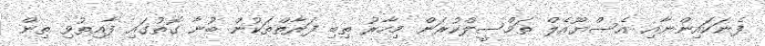
ފެނަކައިންނާއި އެސްޔޫއެލް ތަމްސީލްކުރަން މިހާރު ތިބި ފަރާތްތަކުން ބުނާ ގޮތުގައި ފާއިތުވި ތިން